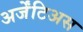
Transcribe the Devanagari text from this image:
अर्जेंटिअस